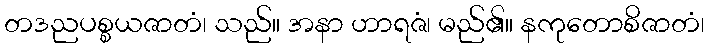
တဒညပစ္စယဇာတံ၊ သည်။ အနာ ဟာရဇံ၊ မည်၏။ နကုတောစိဇာတံ၊